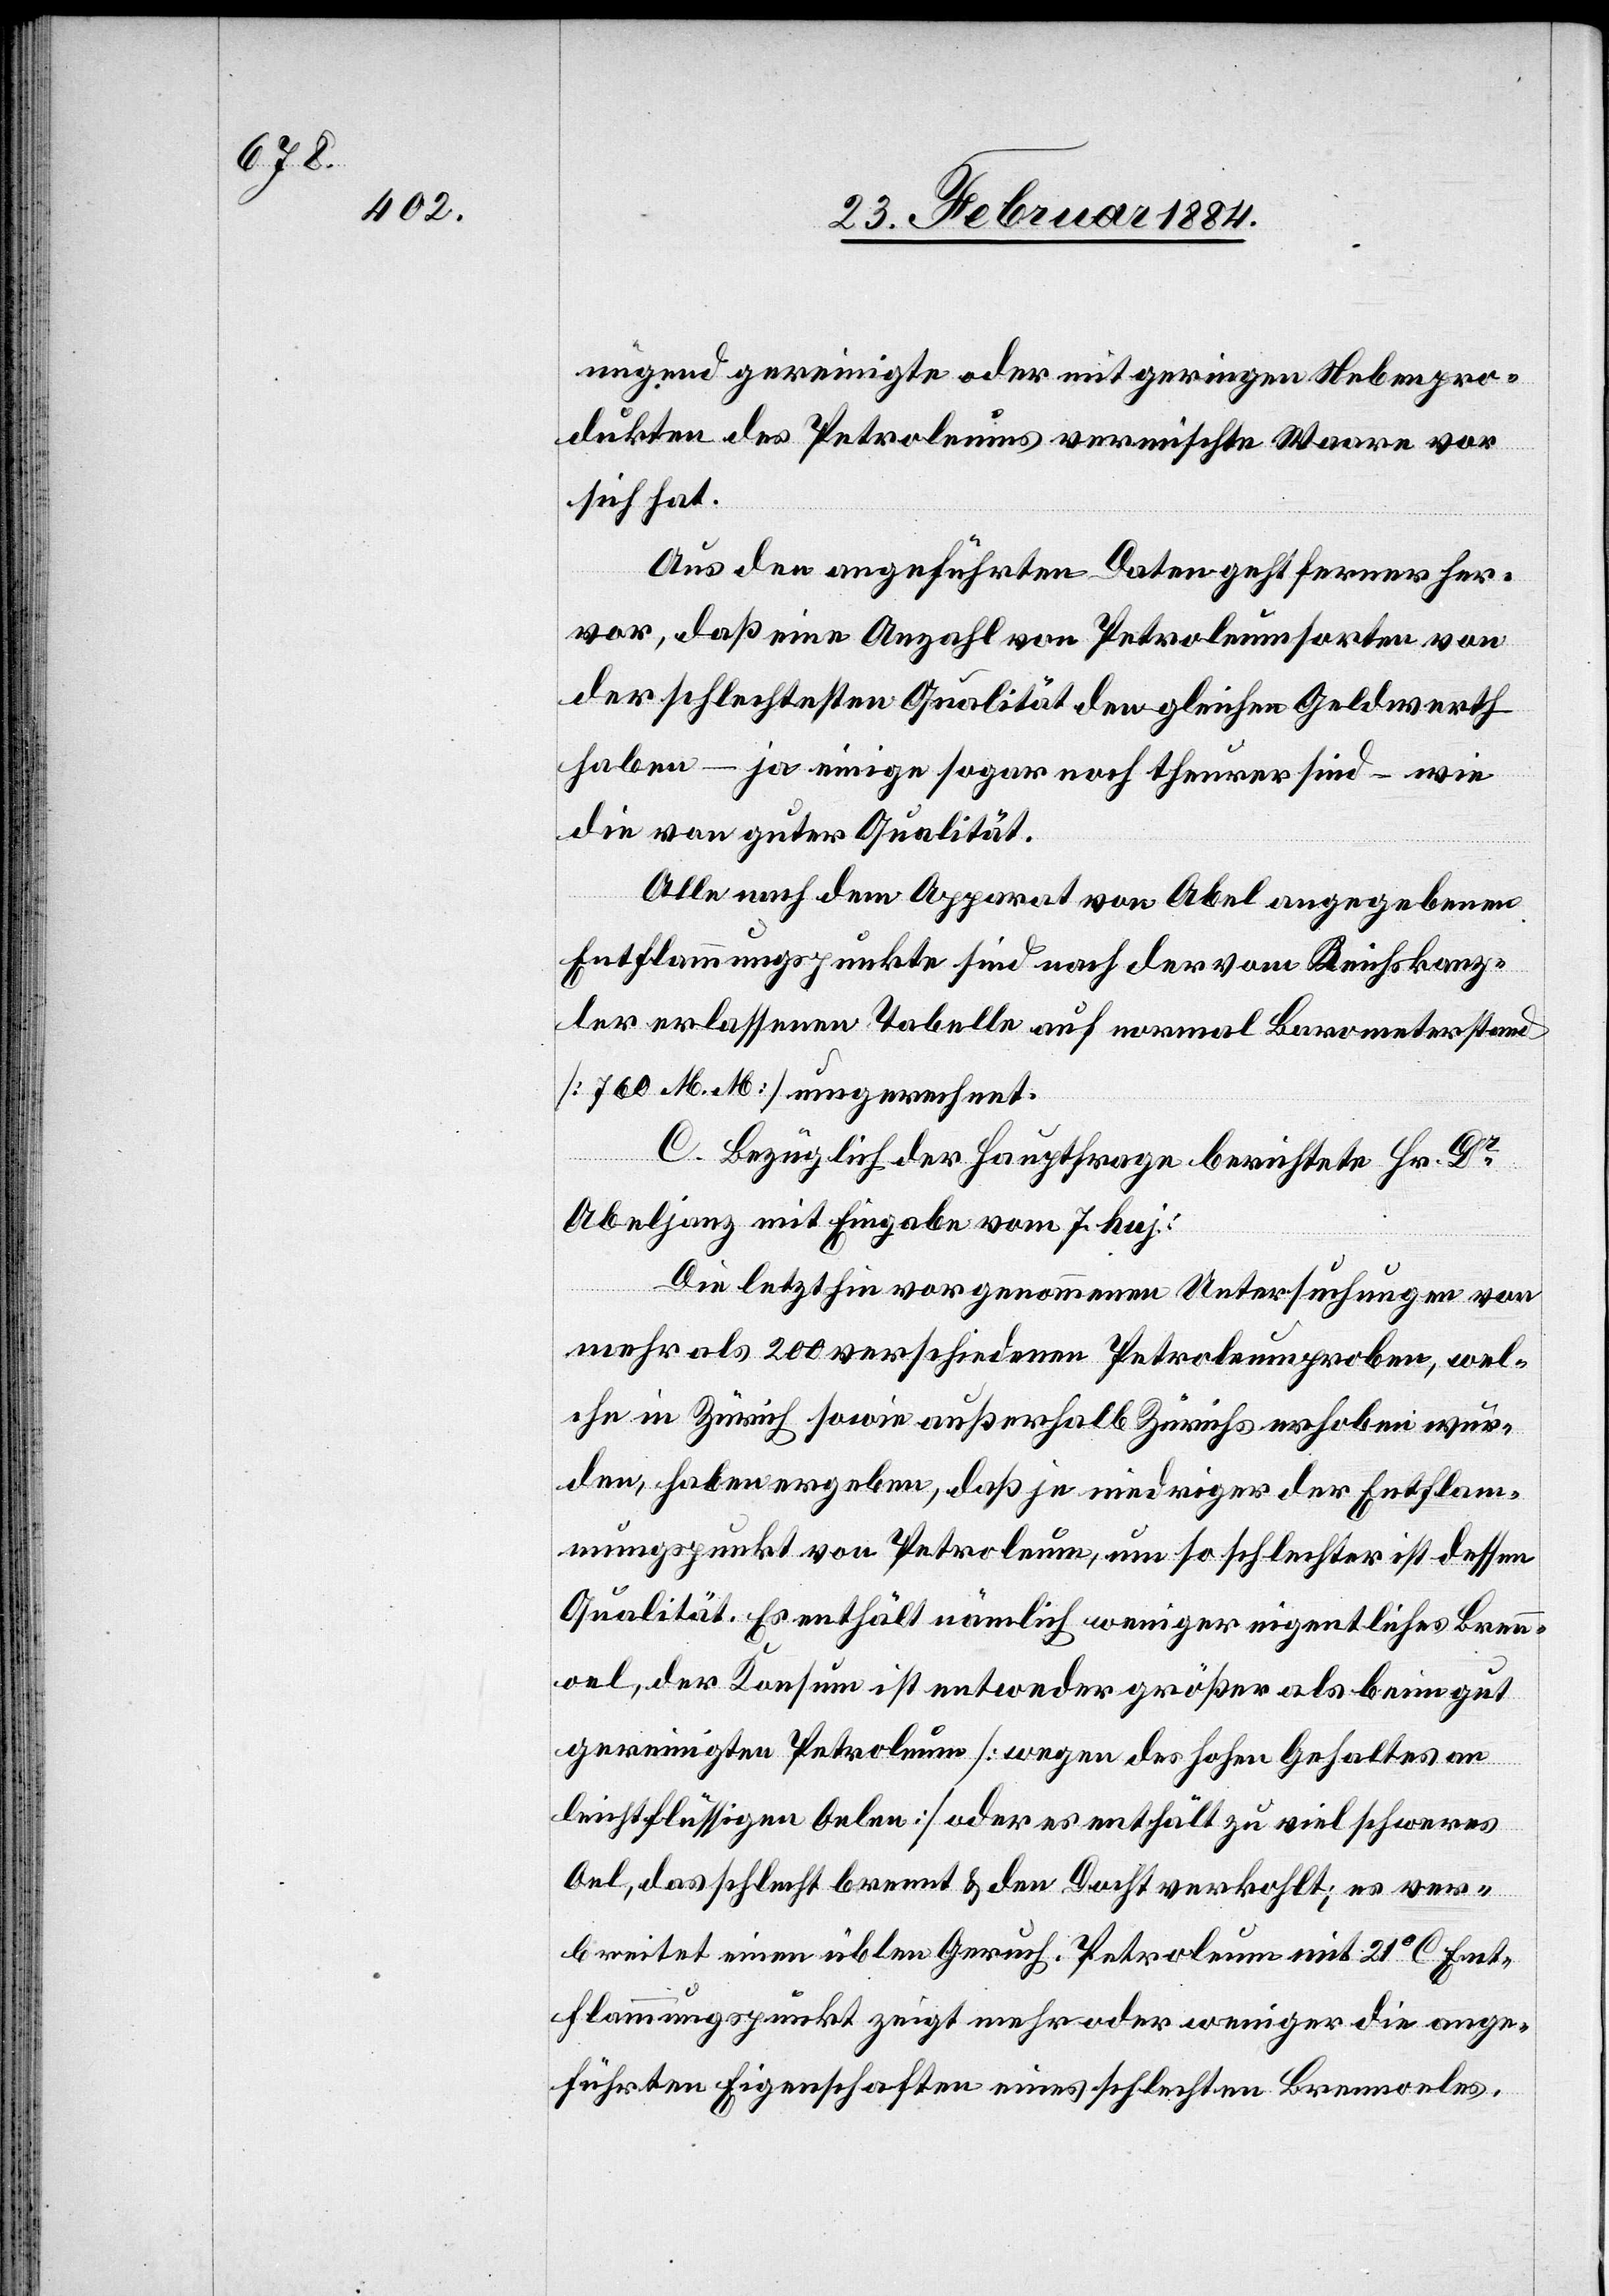
nügend gereinigte oder mit geringen Nebenpro¬
dukten des Petroleums vermischte Waare vor
sich hat.
Aus den angeführten Daten geht ferner her¬
vor, daß eine Anzahl von Petroleumsorten von
der schlechtesten Qualität den gleichen Geldwerth
haben – ja einige sogar noch theurer sind – wie
die von guter Qualität.
Alle nach dem Apparat von Abel angegebenen
Entflammungspunkte sind nach der vom Reichskanz¬
ler erlassenen Tabelle auf normalem Barometerstand
[760 M. M.] ausgerechnet.
C. Bezüglich der Hauptfrage berichtete Hr. Dr
Abeljanz mit Eingabe vom 7. huj.:
Die letzthin vorgenommenen Untersuchungen von
mehr als 200 verschiedenen Petroleumproben, wel¬
che in Zürich sowie außerhalb Zürichs erhoben wur¬
den, haben ergeben, daß je niedriger der Entfla¬
mmungspunkt von Petroleum, um so schlechter ist dessen
Qualität. Es enthält nämlich weniger eigentliches Brenn¬
oel, der Konsum ist entweder größer als beim gut
gereinigten Petroleum [wegen des hohen Gehaltes an
leichtflüssigen Oelen] oder es enthält zu viel schweres
Oel, das schlecht brennt & den Docht verkohlt; es ver¬
breitet einen üblen Geruch. Petroleum mit 21° C Ent¬
flammungspunkt zeigt mehr oder weniger die ange¬
führten Eigenschaften eines schlechten Brennoels.